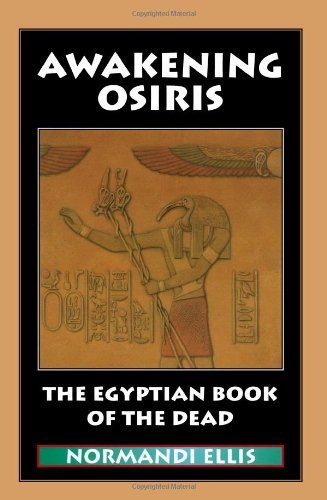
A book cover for Awakening Osiris: The Egyptian Book of the Dead [Paperback] [2009] (Author) Normandi Ellis; Religion & Spirituality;